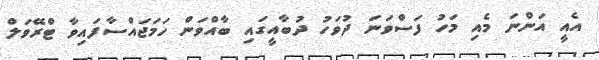
އެއީ އަންނަ މެއި މަހު ފަސްވަނަ ދުވަހު ދުބާއީގައި ބާއްވަން ހަމަޖައްސާފައިވާ ޓްރޭވަލް